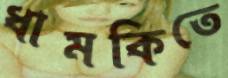
ধামকিতে